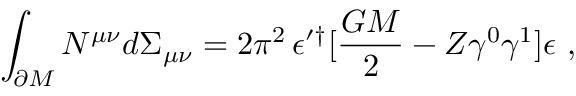
\int _ { \partial { \cal M } } N ^ { \mu \nu } d \Sigma _ { \mu \nu } = 2 \pi ^ { 2 } \, \epsilon ^ { \prime \dagger } [ { \frac { G M } { 2 } } - Z \gamma ^ { 0 } \gamma ^ { 1 } ] \epsilon \ ,